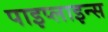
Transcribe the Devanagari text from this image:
पाइप्लाइन्स